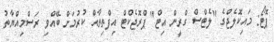
ޕޮޓޯ: މައިކޮލެޖްގެ "ލެޓްސް ގްރީން އިޓް" ޕްރޮޖެކްޓް އިފްތިތާޙް ކުރުމަށް ބޭއްވި ރަސްމިއްޔާތު